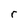
Character: r